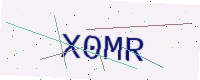
Text: X0MR